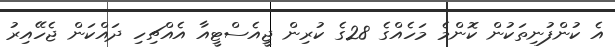
އެ ކުންފުނިތަކުން ކޮންމެ މަހެއްގެ 28ގެ ކުރިން ޖީއެސްޓީއާ އެއްޗިހި ދައްކަން ޖެހޭއިރު